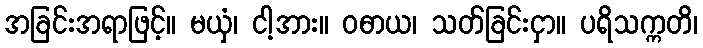
အခြင်းအရာဖြင့်။ မယှံ၊ ငါ့အား။ ဝဓာယ၊ သတ်ခြင်းငှာ။ ပရိသက္ကတိ၊